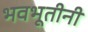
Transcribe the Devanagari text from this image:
भवभूतीनी